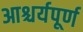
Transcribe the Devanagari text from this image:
आश्चर्यपूर्ण